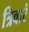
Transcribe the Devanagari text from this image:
त्रिवारं